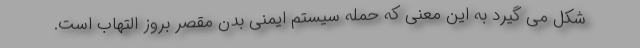
شکل می گیرد به این معنی که حمله سیستم ایمنی بدن مقصر بروز التهاب است.